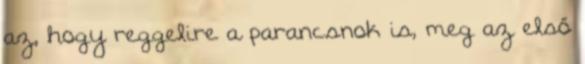
az, hogy reggelire a parancsnok is, meg az első